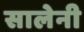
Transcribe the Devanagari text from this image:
सालेनी